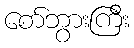
စော်ဘွားကြီး